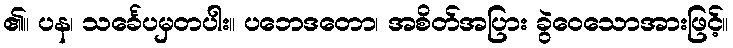
၏။ ပန၊ သင်္ခေပမှတပါး။ ပဘေဒတော၊ အစိတ်အပြား ခွဲဝေသောအားဖြင့်။